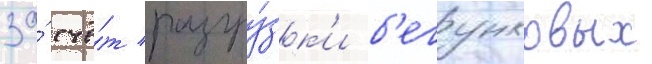
за́ счё́т разгру́зк'и б'егунковых